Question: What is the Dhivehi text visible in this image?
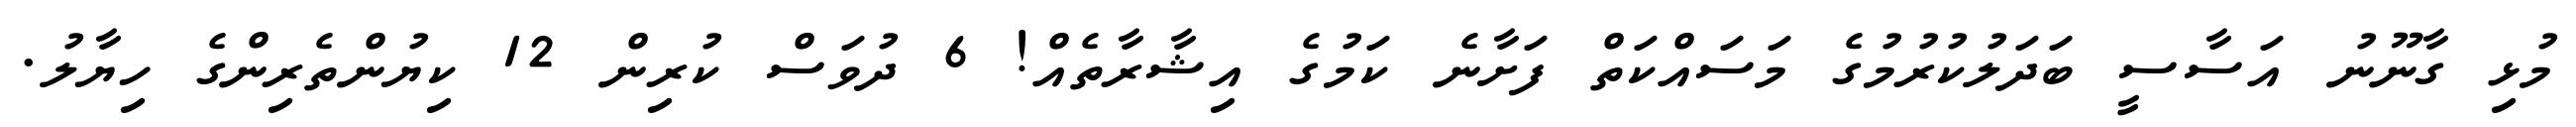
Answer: މުޅި ގާނޫނު އަސާސީ ބަދަލުކުރުމުގެ މަސައްކަތް ފަށާނެ ކަމުގެ އިޝާރާތެއް! 6 ދުވަސް ކުރިން 12 ކިޔުންތެރިންގެ ހިޔާލު.